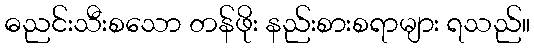
ဓညင်းသီးစသော တန်ဖိုး နည်းစားစရာများ ရသည်။